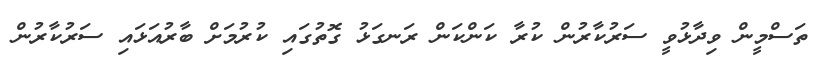
ތަސްމީން ވިދާޅުވީ ސަރުކާރުން ކުރާ ކަންކަން ރަނގަޅު ގޮތުގައި ކުރުމަށް ބާރުއަޅައި ސަރުކާރުން